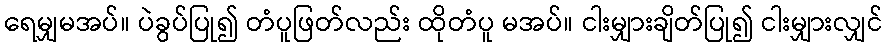
ရေမျှမအပ်။ ပဲခွပ်ပြု၍ တံပူဖြတ်လည်း ထိုတံပူ မအပ်။ ငါးမျှားချိတ်ပြု၍ ငါးမျှားလျှင်